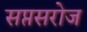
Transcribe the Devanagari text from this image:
सप्तसरोज